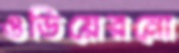
ওডিয়েরনো